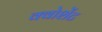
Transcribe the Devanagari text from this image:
क्वोशेंट